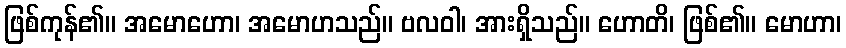
ဖြစ်ကုန်၏။ အမောဟော၊ အမောဟသည်။ ဗလဝါ၊ အားရှိသည်။ ဟောတိ၊ ဖြစ်၏။ မောဟာ၊